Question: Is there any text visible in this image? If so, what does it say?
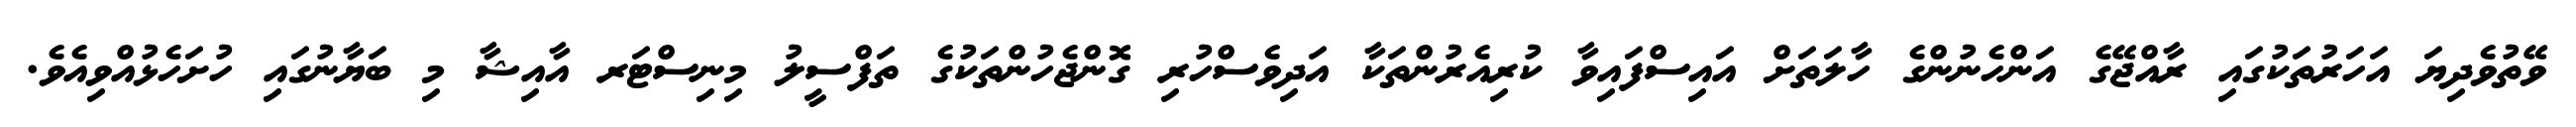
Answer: ވޭތުވެދިޔަ އަހަރުތަކުގައި ރާއްޖޭގެ އަންހެނުންގެ ހާލަތަށް އައިސްފައިވާ ކުރިއެރުންތަކާ އަދިވެސްހުރި ގޮންޖެހުންތަކުގެ ތަފްސީލު މިނިސްޓަރ އާއިޝާ މި ބަޔާނުގައި ހުށަހެޅުއްވިއެވެ.